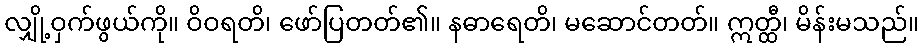
လျှို့ဝှက်ဖွယ်ကို။ ဝိဝရတိ၊ ဖော်ပြတတ်၏။ နဓာရေတိ၊ မဆောင်တတ်။ ဣတ္ထီ၊ မိန်းမသည်။